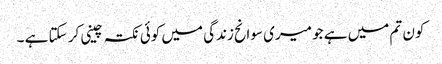
کون تم میں ہے جو میری سوانح زندگی میں کوئی نکتہ چینی کر سکتا ہے ۔